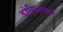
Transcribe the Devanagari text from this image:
डोमिनएयर